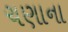
ચણાના